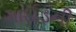
ગાઈડની